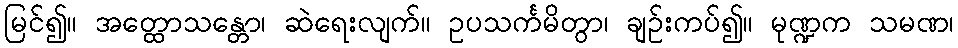
မြင်၍။ အတ္ထောသန္တော၊ ဆဲရေးလျက်။ ဥပသင်္ကမိတွာ၊ ချဉ်းကပ်၍။ မုဏ္ဍက သမဏ၊